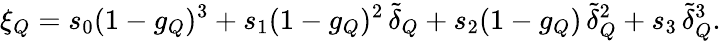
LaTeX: \xi_{Q}=s_{0}(1-g_{Q})^{3}+s_{1}(1-g_{Q})^{2}\, \tilde{\delta}_{Q}+s_{2}(1-g_{Q})\, \tilde{\delta}_{Q}^{2}+s_{3}\, \tilde{\delta}_{Q}^{3}.